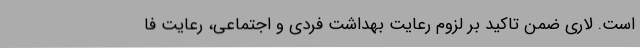
است. لاری ضمن تاکید بر لزوم رعایت بهداشت فردی و اجتماعی، رعایت فا